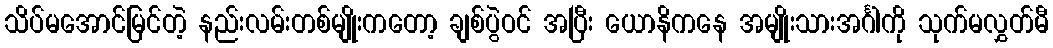
သိပ်မအောင်မြင်တဲ့ နည်းလမ်းတစ်မျိုးကတော့ ချစ်ပွဲဝင် အပြီး ယောနိကနေ အမျိုးသားအင်္ဂါကို သုက်မလွှတ်မီ